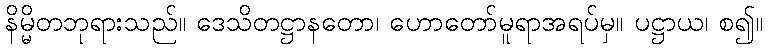
နိမ္မိတဘုရားသည်။ ဒေသိတဋ္ဌာနတော၊ ဟောတော်မူရာအရပ်မှ။ ပဋ္ဌာယ၊ စ၍။